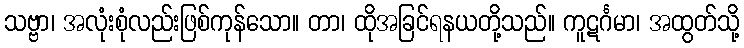
သဗ္ဗာ၊ အလုံးစုံလည်းဖြစ်ကုန်သော။ တာ၊ ထိုအခြင်ရနယတို့သည်။ ကူဋင်္ဂမာ၊ အထွတ်သို့